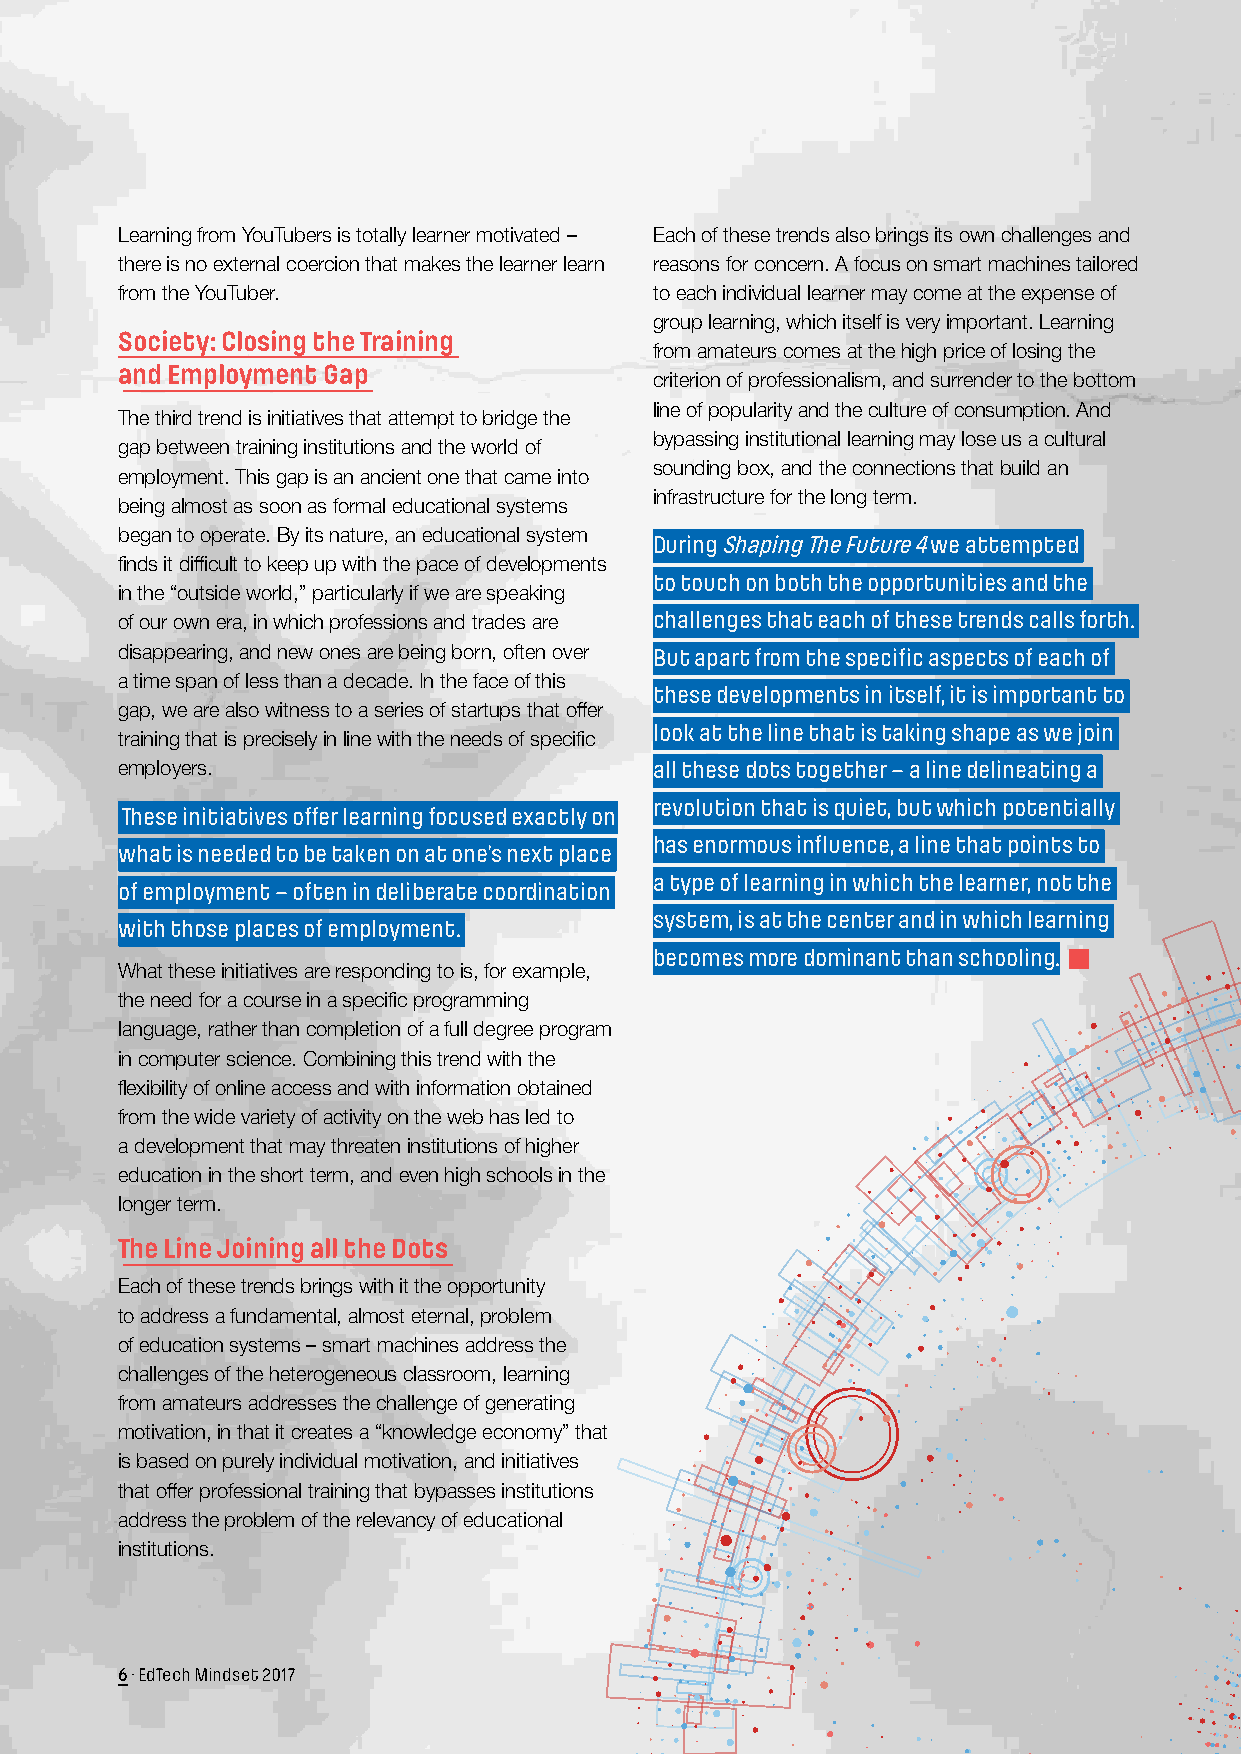
Learning from YouTubers is totally learner motivated – Each of these trends also brings its own challenges and
 there is no external coercion that makes the learner learn reasons for concern. A focus on smart machines tailored
 from the YouTuber.                 to each individual learner may come at the expense of
 group learning, which itself is very important. Learning
 Society: Closing the Training
 from amateurs comes at the high price of losing the
 and Employment Gap
 criterion of professionalism, and surrender to the bottom
 line of popularity and the culture of consumption. And
 The third trend is initiatives that attempt to bridge the
 bypassing institutional learning may lose us a cultural
 gap between training institutions and the world of
 sounding box, and the connections that build an
 employment. This gap is an ancient one that came into
 infrastructure for the long term.
 being almost as soon as formal educational systems
 began to operate. By its nature, an educational system
 During Shaping The Future 4 we attempted
 finds it difficult to keep up with the pace of developments
 to touch on both the opportunities and the
 in the “outside world,” particularly if we are speaking
 of our own era, in which professions and trades are challenges that each of these trends calls forth.
 disappearing, and new ones are being born, often over But apart from the specific aspects of each of
 a time span of less than a decade. In the face of this
 these developments in itself, it is important to
 gap, we are also witness to a series of startups that offer
 look at the line that is taking shape as we join
 training that is precisely in line with the needs of specific
 employers.                         all these dots together – a line delineating a
 revolution that is quiet, but which potentially
 These initiatives offer learning focused exactly on
 has enormous influence, a line that points to
 what is needed to be taken on at one’s next place
 a type of learning in which the learner, not the
 of employment – often in deliberate coordination
 system, is at the center and in which learning
 with those places of employment.
 becomes more dominant than schooling.
 What these initiatives are responding to is, for example,
 the need for a course in a specific programming
 language, rather than completion of a full degree program
 in computer science. Combining this trend with the
 flexibility of online access and with information obtained
 from the wide variety of activity on the web has led to
 a development that may threaten institutions of higher
 education in the short term, and even high schools in the
 longer term.
 The Line Joining all the Dots
 Each of these trends brings with it the opportunity
 to address a fundamental, almost eternal, problem
 of education systems – smart machines address the
 challenges of the heterogeneous classroom, learning
 from amateurs addresses the challenge of generating
 motivation, in that it creates a “knowledge economy” that
 is based on purely individual motivation, and initiatives
 that offer professional training that bypasses institutions
 address the problem of the relevancy of educational
 institutions.
 6 · EdTech Mindset 2017